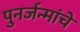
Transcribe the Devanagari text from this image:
पुनर्जन्मांचे